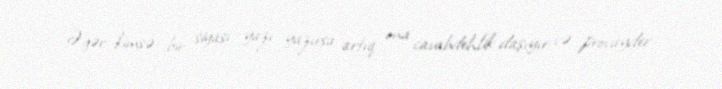
Əgər kimsə bir siyasi yazı yazırsa artıq ona cavabdehlik daşıyır və provayder